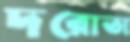
দরোতা